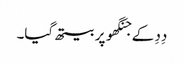
دِدِ کے جنگھو پر بیتھ گیا۔